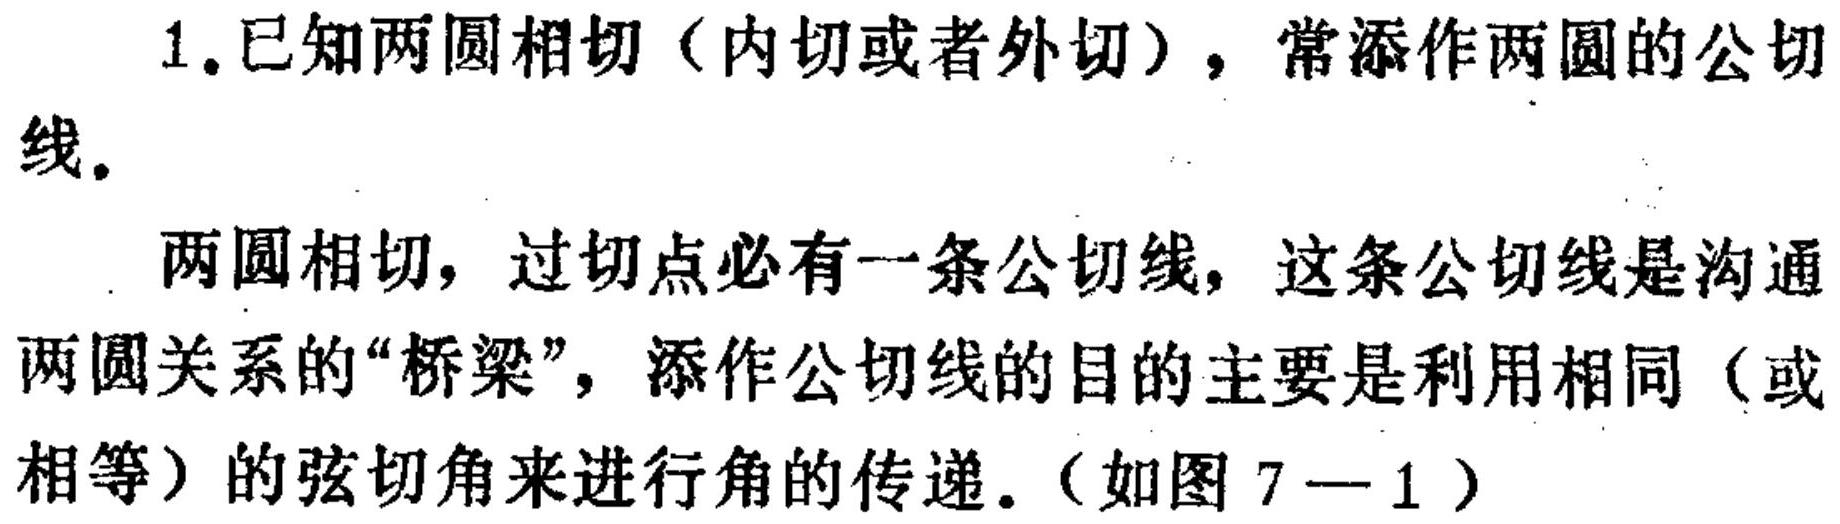
1.已知两圆相切（内切或者外切），常添作两圆的公切线。
两圆相切，过切点必有一条公切线，这条公切线是沟通两圆关系的“桥梁”，添作公切线的目的主要是利用相同（或相等）的弦切角来进行角的传递.（如图7—1）